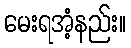
မေးရအံ့နည်း။